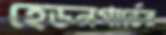
হেডনগার্ডের